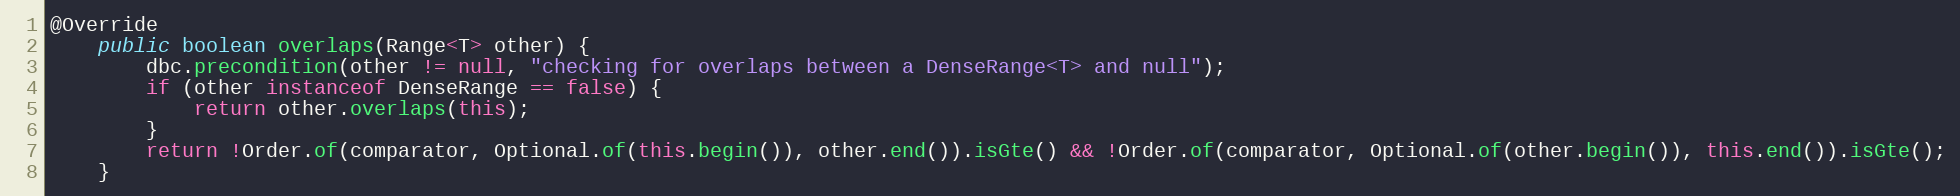
Language: Java
@Override
    public boolean overlaps(Range<T> other) {
        dbc.precondition(other != null, "checking for overlaps between a DenseRange<T> and null");
        if (other instanceof DenseRange == false) {
            return other.overlaps(this);
        }
        return !Order.of(comparator, Optional.of(this.begin()), other.end()).isGte() && !Order.of(comparator, Optional.of(other.begin()), this.end()).isGte();
    }